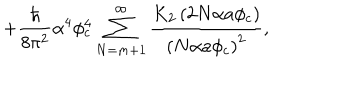
+ \frac { \hbar } { 8 \pi ^ { 2 } } \alpha ^ { 4 } \phi _ { c } ^ { 4 } \sum _ { N = m + 1 } ^ { \infty } \frac { K _ { 2 } \left( 2 N \alpha a \phi _ { c } \right) } { \left( N \alpha a \phi _ { c } \right) ^ { 2 } } ,